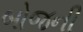
બોજની